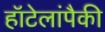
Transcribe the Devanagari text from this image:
हॉटेलांपैकी